King Institute of Preventive Medicine Micro-Biological Section reports 1912-19
Year: 1912
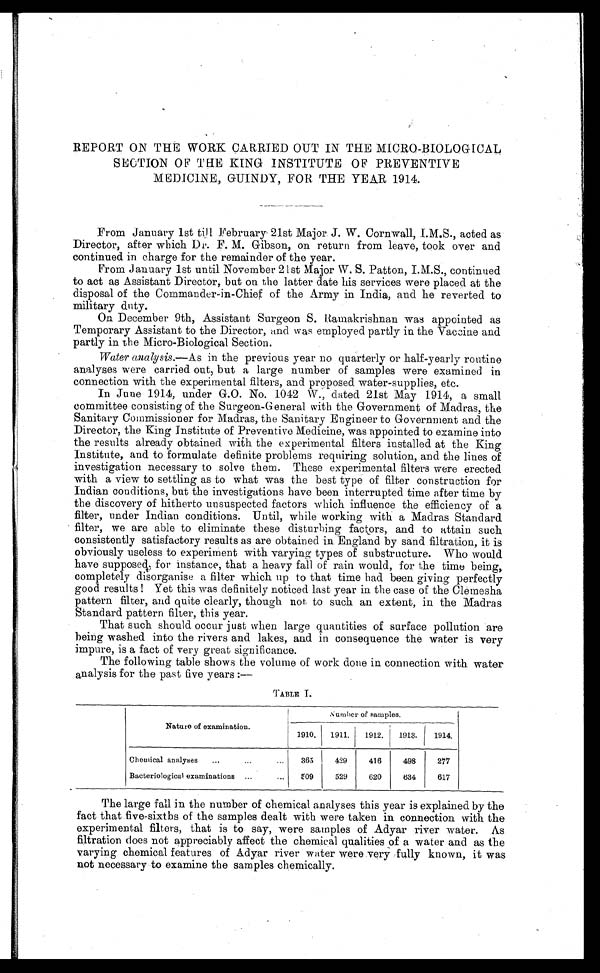
REPORT ON THE WORK CARRIED OUT IN THE MICRO-BIOLOGICAL
SECTION OF THE KING INSTITUTE OF PREVENTIVE
MEDICINE, GUINDY, FOR THE YEAR 1914.
From January 1st till February 21st Major J. W. Cornwall, I.M.S., acted as
Director, after which Dr. F. M. Gibson, on return from leave, took over and
continued in charge for the remainder of the year.
From January 1st until November 21st Major W. S. Patton, I.M.S., continued
to act as Assistant Director, but on the latter date his services were placed at the
disposal of the Commander-in-Chief of the Army in India, and he reverted to
military duty.
On December 9th, Assistant Surgeon S. Ramakrishnan was appointed as
Temporary Assistant to the Director, and was employed partly in the Vaccine and
partly in the Micro-Biological Section.
Water analysis .—As in the previous year no quarterly or half-yearly routine
analyses were carried out, but a large number of samples were examined in
connection with the experimental filters, and proposed water-supplies, etc.
In June 1914, under G.O. No. 1042 W., dated 21st May 1914, a small
committee consisting of the Surgeon-General with the Government of Madras, the
Sanitary Commissioner for Madras, the Sanitary Engineer to Government and the
Director, the King Institute of Preventive Medicine, was appointed to examine into
the results already obtained with the experimental filters installed at the King
Institute, and to formulate definite problems requiring solution, and the lines of
investigation necessary to solve them. These experimental filters were erected
with a view to settling as to what was the best type of filter construction for
Indian conditions, but the investigations have been interrupted time after time by
the discovery of hitherto unsuspected factors which influence the efficiency of a
filter, under Indian conditions. Until, while working with a Madras Standard
filter, we are able to eliminate these disturbing factors, and to attain such
consistently satisfactory results as are obtained in England by sand filtration, it is
obviously useless to experiment with varying types of substructure. Who would
have supposed for instance, that a heavy fall of rain would, for the time being,
completely disorganise a filter which up to that time had been giving perfectly
good results! Yet this was definitely noticed last year in the case of the Clemesha
pattern filter, and quite clearly, though not to such an extent, in the Madras
Standard pattern filter, this year.
That such should occur just when large quantities of surface pollution are
being washed into the rivers and lakes, and in consequence the water is very
impure, is a fact of very great significance.
The following table shows the volume of work done in connection with water
analysis for the past five years
TABLE I.
Nature of examination.
Number of samples.
1910.
1911.
1912.
1913.
1914.
Chemical analyses . . .
365
429
416
498
277
Bacteriological examinations . . .
509
529
620
634
617
The large fall in the number of chemical analyses this year is explained by the
fact that five-sixths of the samples dealt with were taken in connection with the
experimental filters, that is to say, were samples of Adyar river water. As
filtration does not appreciably affect the chemical qualities of a water and as the
varying chemical features of Adyar river water were very fully known, it was
not necessary to examine the samples chemically.